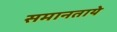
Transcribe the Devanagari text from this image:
समानताये